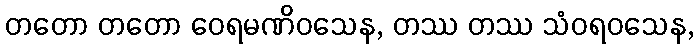
တတော တတော ဝေရမဏိဝသေန, တဿ တဿ သံဝရဝသေန,